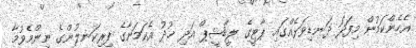
އެހެންކަމުން މިފަދަ ދަނޑިވަޅެއްގައި ޕާޓީގެ ލީޑާޝީޕް އަދި ޚުދު އެކަމަނާގެ ފިރިކަނލުންގެ ނިންމެވުމާ